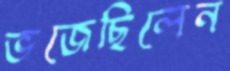
ভজেছিলেন